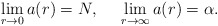
\begin{align*}\lim_{r \rightarrow 0}a(r) = N,\:\:\:\:\:\:\lim_{r \rightarrow \infty}a(r) = \alpha .\end{align*}